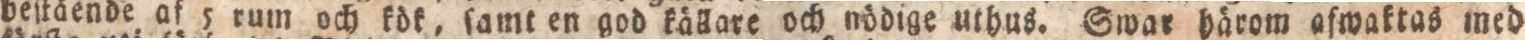
beſtående af 5 rum och kök, ſamt en god källare och nödige uthus. Swar härom afwaktas med